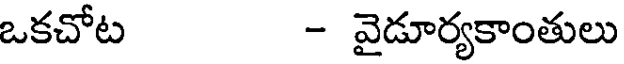
ఒకచోట - వైడూర్యకాంతులు